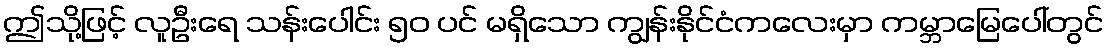
ဤသို့ဖြင့် လူဦးရေ သန်းပေါင်း ၅၀ ပင် မရှိသော ကျွန်းနိုင်ငံကလေးမှာ ကမ္ဘာမြေပေါ်တွင်